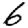
Digit: 6